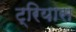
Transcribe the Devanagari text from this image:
ट्रियास